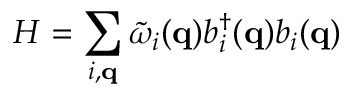
H = \sum _ { i , { \bf { q } } } { \tilde { \omega } } _ { i } ( { \bf { q } } ) b _ { i } ^ { \dagger } ( { \bf { q } } ) b _ { i } ( { \bf { q } } )